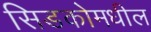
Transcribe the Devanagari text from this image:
सिडकोमधील